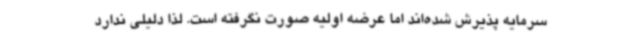
سرمایه پذیرش شده‌اند اما عرضه اولیه صورت نگرفته است. لذا دلیلی ندارد